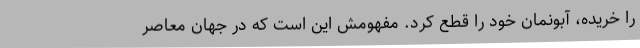
را خریده، آبونمان خود را قطع کرد. مفهومش این است که در جهان معاصر